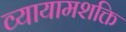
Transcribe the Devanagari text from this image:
व्यायामशक्ति